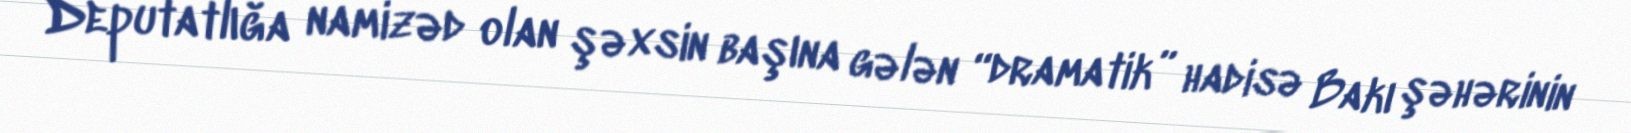
Deputatlığa namizəd olan şəxsin başına gələn “dramatik” hadisə Bakı şəhərinin